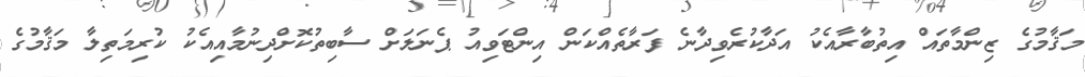
މަޤާމުގެ ޒިންމާތައް އިތުބާރާއެކު އަދާކުރެވިދާނެ ފަރާތެއްކަން އިންޓަވިއު ޕެނަލަށް ސާބިތުކޮށްދިނުމާއިއެކު ކުރިމަތިލާ މަޤާމުގެ